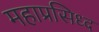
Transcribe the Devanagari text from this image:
महाप्रसिध्द